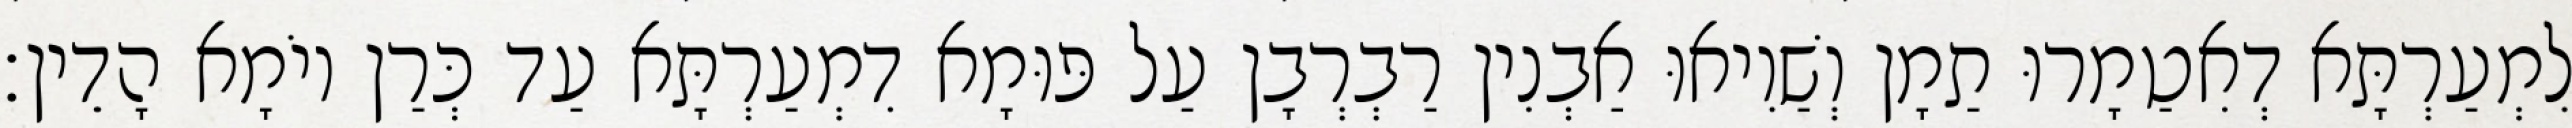
לִמְעַרְתָּא דְאִטַמָרוּ תַמָן וְשַׁוִיאוּ אַבְנִין רַבְרְבָן עַל פּוּמָא דִמְעַרְתָּא עַד כְּרַן יוֹמָא הָדֵין׃